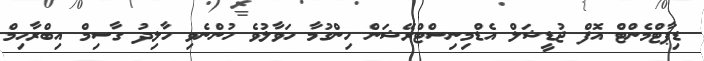
ޑިޕާޓްމެންޓް އޮފް ޖުޑީޝަލް އެޑްމިނިސްޓްރޭޝަން ހިންގުމާ ހަވާލުވެ ހުންނެވި ހާލިދު ގާސިމް އިބްރާހިމް